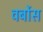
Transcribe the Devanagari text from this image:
वर्बोस